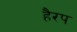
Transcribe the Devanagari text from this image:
हैरप